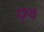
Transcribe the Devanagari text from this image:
दृश्यं